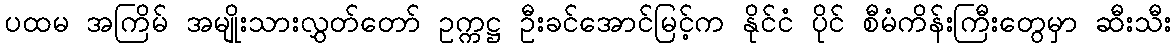
ပထမ အကြိမ် အမျိုးသားလွှတ်တော် ဥက္ကဋ္ဌ ဦးခင်အောင်မြင့်က နိုင်ငံ ပိုင် စီမံကိန်းကြီးတွေမှာ ဆီးသီး